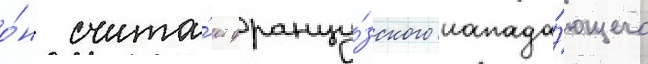
о́н счита́ет францу́зского напада́ющего